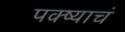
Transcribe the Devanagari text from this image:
पक्ष्याचं